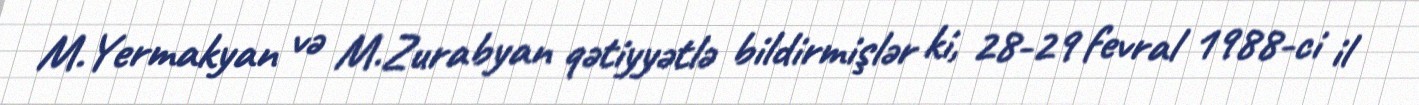
M.Yermakyan və M.Zurabyan qətiyyətlə bildirmişlər ki, 28-29 fevral 1988-ci il